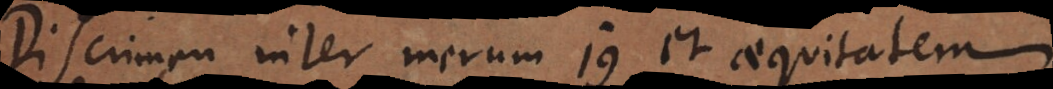
Discrimen inter merum jus et aequitatem.